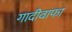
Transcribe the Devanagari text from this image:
गादीवाफा